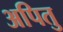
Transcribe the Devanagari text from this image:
अपितु